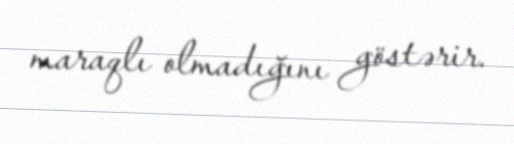
maraqlı olmadığını göstərir.